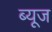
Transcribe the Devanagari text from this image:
ब्यूज